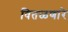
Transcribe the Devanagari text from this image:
वितळणारे